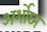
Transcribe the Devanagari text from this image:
अर्शोघ्न